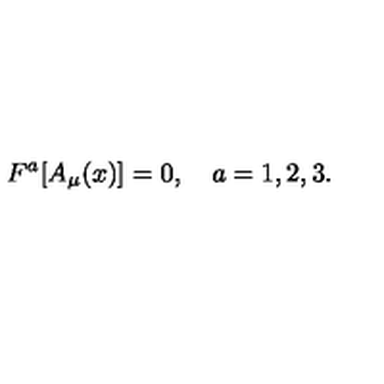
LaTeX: F ^ { a } [ A _ { \mu } ( x ) ] = 0 , \quad { a } = 1 , 2 , 3 .